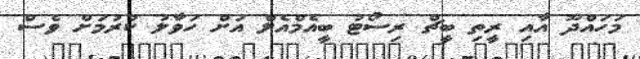
މަހައްދޫ އާއި ރީތި ބީޗް ރިސޯޓު ބީއެމްއެލް އަށް ހަވާލު ކުރުމަށް ވެސް